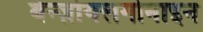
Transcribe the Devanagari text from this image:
बेन्ज़ोयलगोनाइन